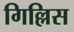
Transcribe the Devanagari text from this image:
गिल्लिस